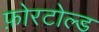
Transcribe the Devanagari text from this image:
फ़ोरटोल्ड